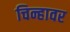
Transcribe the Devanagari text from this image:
चिन्हावर